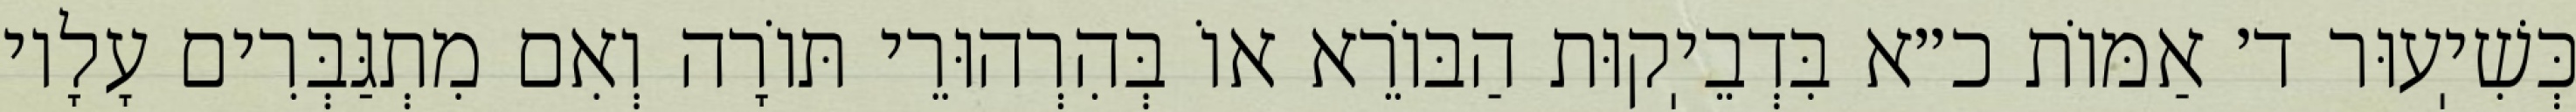
כְּשִׁיֽעוּר ד׳ אַמּוֹת כ״א בִּדְבֵיֽקוּת הַבּוֹרֵא אוֹ בְּהִרְהוּרֵי תּוֹרָה וְאִם מִתְגַּבְּרִים עָלָיו